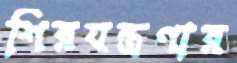
শিরযন্ত্রণার